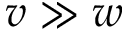
v \gg w